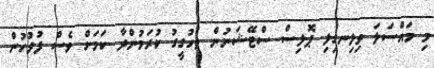
މި މައްސަލަ ވިލިނގިލި ޕޮލިސް ސްޓޭޝަނުން ތަހުގީގު ކުރަމުންދާ ކަމަށް ވެސް ފުލުހުން